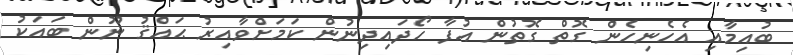
ބުއިމާއި އެހެނިހެން ގޮތް ގޮތުން އުފާ ހޯދައިދިނުން ކަމަށްވާއިރު ޙައްޤު ނޫން ބައަކު